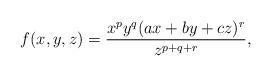
LaTeX: \begin{align*}f(x,y,z)=\dfrac{x^{p}y^{q}(ax+by+cz)^r}{z^{p+q+r}}, \end{align*}